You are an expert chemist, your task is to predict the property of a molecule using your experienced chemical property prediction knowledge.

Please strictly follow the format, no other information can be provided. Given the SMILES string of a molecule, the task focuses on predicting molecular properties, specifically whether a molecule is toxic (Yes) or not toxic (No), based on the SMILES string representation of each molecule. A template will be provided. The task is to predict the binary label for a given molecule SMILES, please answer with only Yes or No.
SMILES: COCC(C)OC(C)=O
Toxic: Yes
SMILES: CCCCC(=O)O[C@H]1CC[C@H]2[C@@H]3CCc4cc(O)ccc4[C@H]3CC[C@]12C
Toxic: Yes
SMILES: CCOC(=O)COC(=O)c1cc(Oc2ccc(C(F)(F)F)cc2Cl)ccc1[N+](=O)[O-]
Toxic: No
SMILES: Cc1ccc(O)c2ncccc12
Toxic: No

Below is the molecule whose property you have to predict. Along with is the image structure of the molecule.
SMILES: CC(C)=CCC[C@H](C)CCO
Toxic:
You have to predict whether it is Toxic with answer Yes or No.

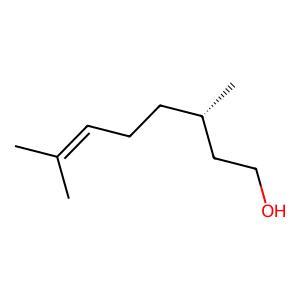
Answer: No